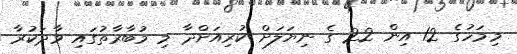
މިމަހުގެ 12 އިން 22 ގެ ނިޔަލަށް ކުރިއަށްދާ މި މުބާރާތުގައި ވާދަކުރާ